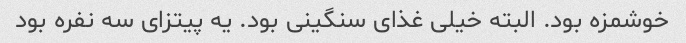
خوشمزه بود. البته خیلی غذای سنگینی بود. یه پیتزای سه نفره بود